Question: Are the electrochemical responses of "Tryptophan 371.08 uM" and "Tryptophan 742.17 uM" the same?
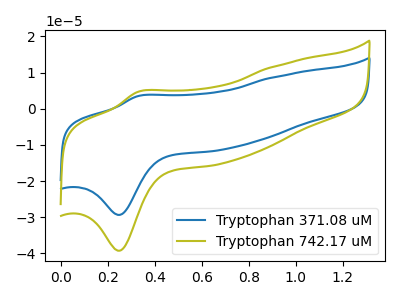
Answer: <think>The blue curve "Tryptophan 371.08 uM" has an anodic peak at (0.35V, 3.50uA) and a cathodic peak at (0.25V, -29.40uA). The olive curve "Tryptophan 742.17 uM" has an anodic peak at (0.35V, 4.70uA) and a cathodic peak at (0.25V, -39.30uA).
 All the peaks in "Tryptophan 371.08 uM" have a peak in "Tryptophan 742.17 uM" at the same potential. Every peak in "Tryptophan 371.08 uM" is lower than every peak in "Tryptophan 742.17 uM".</think>
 <answer>"Tryptophan 371.08 uM" and "Tryptophan 742.17 uM" are similar in shape.</answer>
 <eval>same_shape</eval>